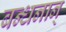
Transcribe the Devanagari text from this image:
बन्‍धनान्